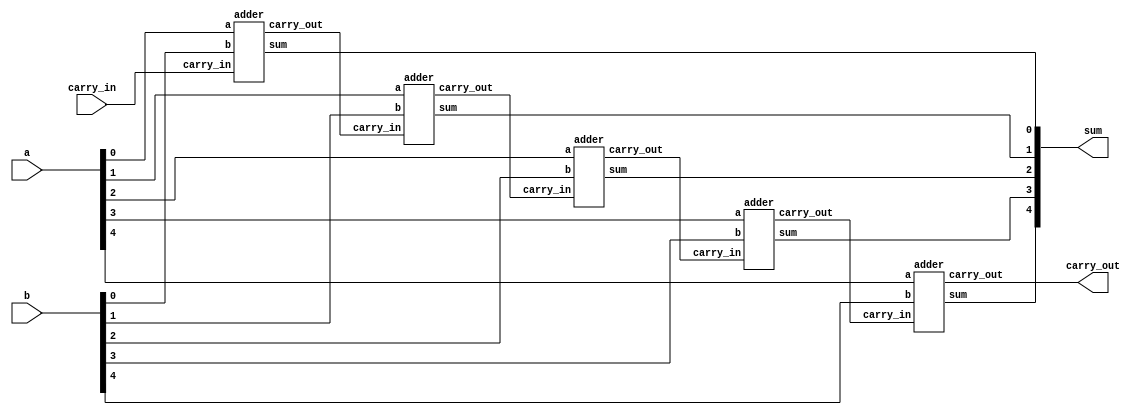
module ripple_adder5(a,b,carry_in,carry_out,sum);
    input [4:0]a;
    input [4:0]b;
    input carry_in;
    output [4:0]sum;
    output carry_out;
    wire c0,c1,c2,c3;
    adder a1(a[0],b[0],sum[0],carry_in,c0);
    adder a2(a[1],b[1],sum[1],c0,c1);
    adder a3(a[2],b[2],sum[2],c1,c2);
    adder a4(a[3],b[3],sum[3],c2,c3);
    adder a5(a[4],b[4],sum[4],c3,carry_out);
endmodule

module adder(a,b,sum,carry_in,carry_out);
    input a;
    input b;
    input carry_in;
    output sum;
    output carry_out;
    wire w1,w2,w3;
    xor(w1,a,b);
    xor(sum,w1,carry_in);
    and(w3,w1,carry_in);
    and(w2,a,b);
    or(carry_out,w3,w2);
endmodule